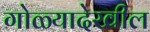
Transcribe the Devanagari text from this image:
गोळ्यादेखील